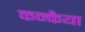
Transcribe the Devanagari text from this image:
कन्कैया